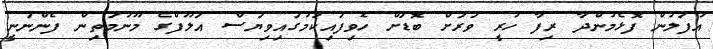
އުފަލުން ފޮޅެމުންދާ ރިފާ ހުރީ ވަރަށް ބޮޑަށް ހެވިފައިކަމުގައިވިޔަސް އަލޫފްގެ މޫނުމަތިން ފެންނަނީ